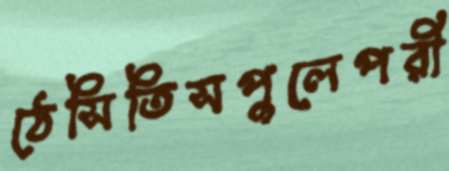
ঠেসিতিসপুলেপরী